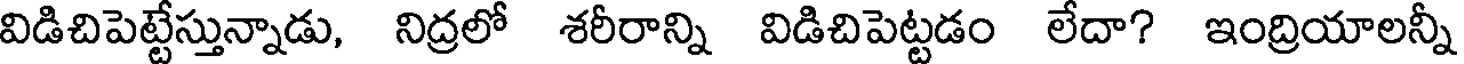
విడిచిపెట్టేస్తున్నాడు, నిద్రలో శరీరాన్ని విడిచిపెట్టడం లేదా? ఇంద్రియాలన్నీ